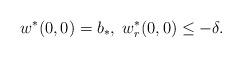
LaTeX: \begin{align*} w^*(0,0)=b_*,\; w^*_r(0,0)\leq -\delta. \end{align*}